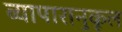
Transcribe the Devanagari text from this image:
व्यापारानुकूल